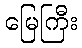
မြေကြီး